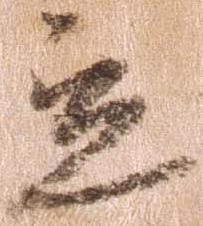
立